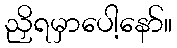
ညှိရမှာပေါ့နော်။